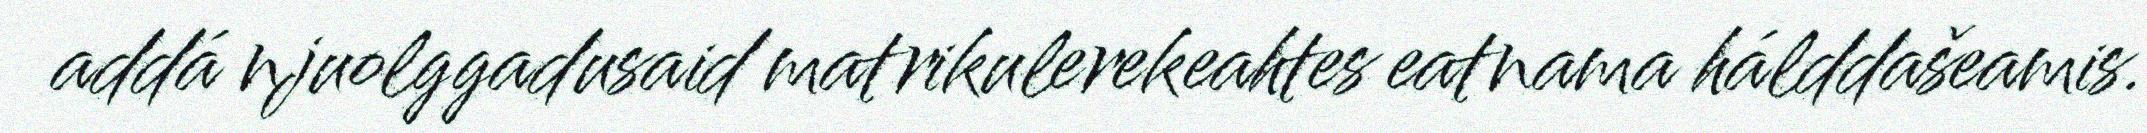
addá njuolggadusaid matrikulerekeahtes eatnama hálddašeamis.